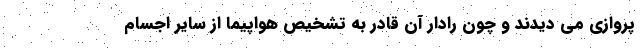
پروازی می دیدند و چون رادار آن قادر به تشخیص هواپیما از سایر اجسام